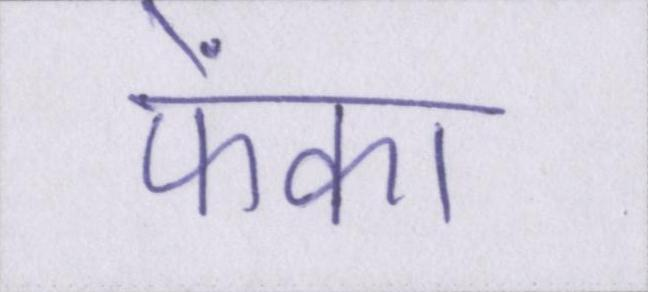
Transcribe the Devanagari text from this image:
फेंका